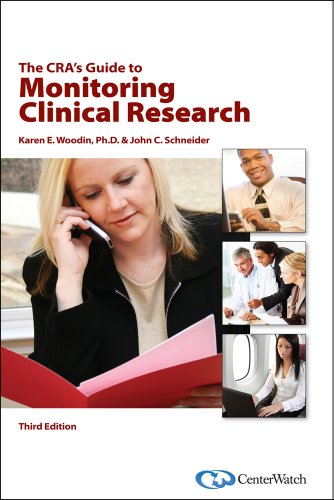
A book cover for The CRA's Guide to Monitoring Clinical Research, Third Edition; Karen E. Woodin; Medical Books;